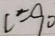
C = 9 0